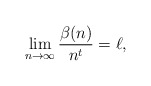
\begin{align*}\lim_{n\to\infty}\dfrac{\beta(n)}{n^{t}} = \ell,\end{align*}